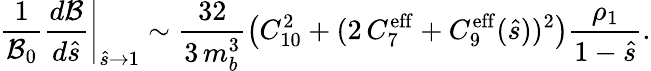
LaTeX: \frac{1}{{\cal B}_{0}}\left.\frac{d{\cal B}}{d\hat{s}}\right|_{\hat{s}\to 1}\sim\frac{32}{3\, m_{b}^{3}}\left(C_{10}^{2}+(2\, C_{7}^{\mathrm{eff}}+C_{9}^{\mathrm{eff}}(\hat{s}))^{2}\right)\frac{\rho_{1}}{1-\hat{s}}.